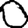
Digit: 0